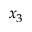
x _ { 3 }